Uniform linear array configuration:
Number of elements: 12
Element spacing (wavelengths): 1
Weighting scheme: blackman
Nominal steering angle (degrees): -45
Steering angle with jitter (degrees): -46.518
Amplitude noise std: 0.05
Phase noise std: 0.05

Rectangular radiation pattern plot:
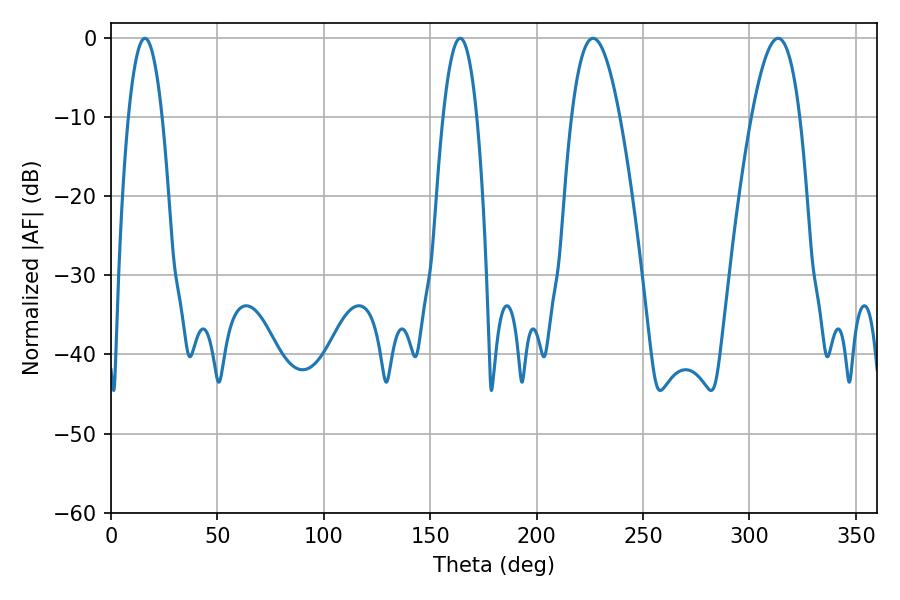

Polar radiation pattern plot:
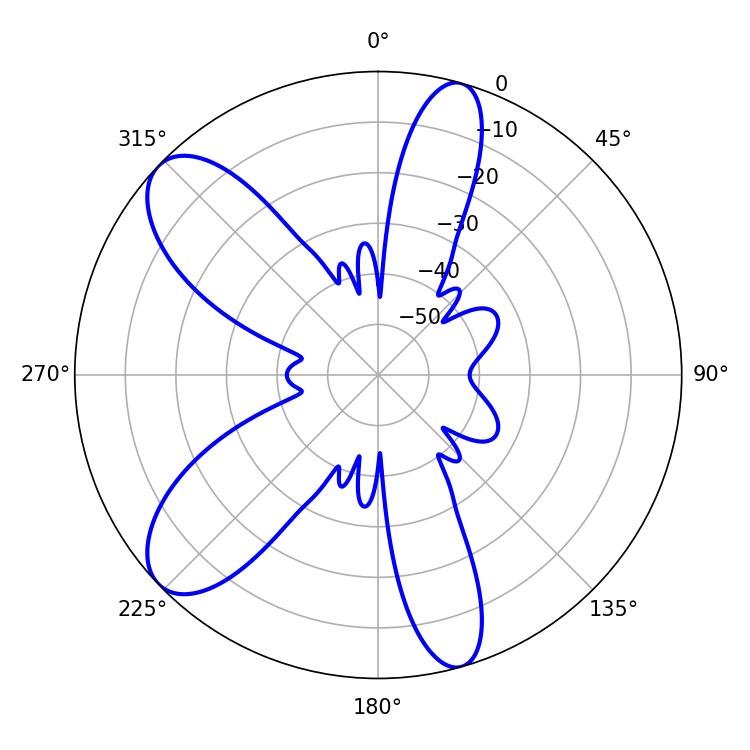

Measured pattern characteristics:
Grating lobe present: TRUE
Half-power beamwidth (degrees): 12.42
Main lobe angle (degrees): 226.44